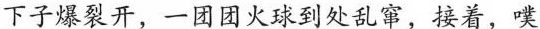
下子爆裂开，一团团火球到处乱窜，接着，噗